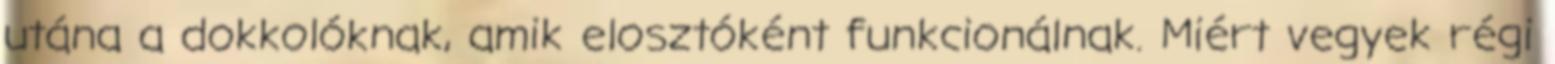
utána a dokkolóknak, amik elosztóként funkcionálnak. Miért vegyek régi